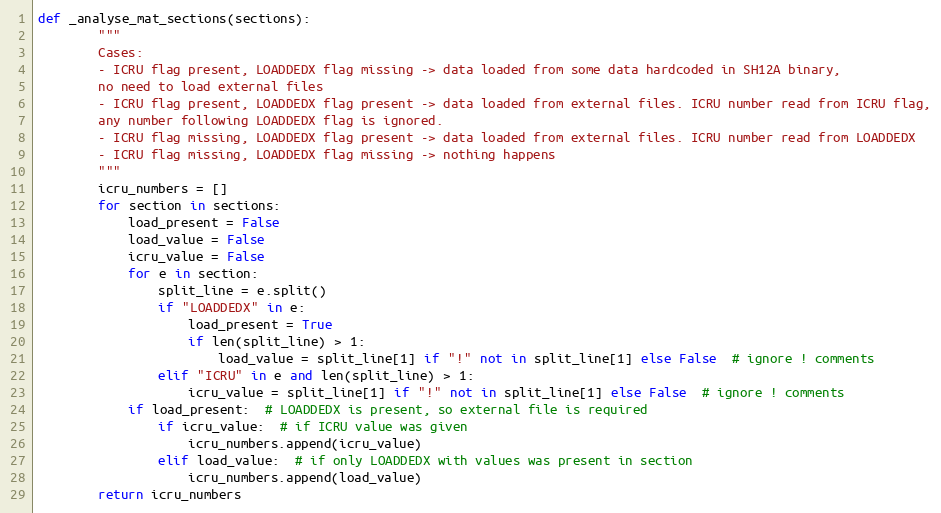
Language: Python
def _analyse_mat_sections(sections):
        """
        Cases:
        - ICRU flag present, LOADDEDX flag missing -> data loaded from some data hardcoded in SH12A binary,
        no need to load external files
        - ICRU flag present, LOADDEDX flag present -> data loaded from external files. ICRU number read from ICRU flag,
        any number following LOADDEDX flag is ignored.
        - ICRU flag missing, LOADDEDX flag present -> data loaded from external files. ICRU number read from LOADDEDX
        - ICRU flag missing, LOADDEDX flag missing -> nothing happens
        """
        icru_numbers = []
        for section in sections:
            load_present = False
            load_value = False
            icru_value = False
            for e in section:
                split_line = e.split()
                if "LOADDEDX" in e:
                    load_present = True
                    if len(split_line) > 1:
                        load_value = split_line[1] if "!" not in split_line[1] else False  # ignore ! comments
                elif "ICRU" in e and len(split_line) > 1:
                    icru_value = split_line[1] if "!" not in split_line[1] else False  # ignore ! comments
            if load_present:  # LOADDEDX is present, so external file is required
                if icru_value:  # if ICRU value was given
                    icru_numbers.append(icru_value)
                elif load_value:  # if only LOADDEDX with values was present in section
                    icru_numbers.append(load_value)
        return icru_numbers